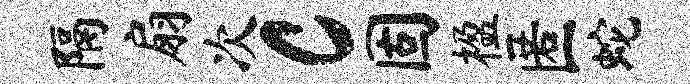
隔扇次c固楹匿蛇